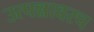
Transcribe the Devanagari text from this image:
उत्पन्नावरच